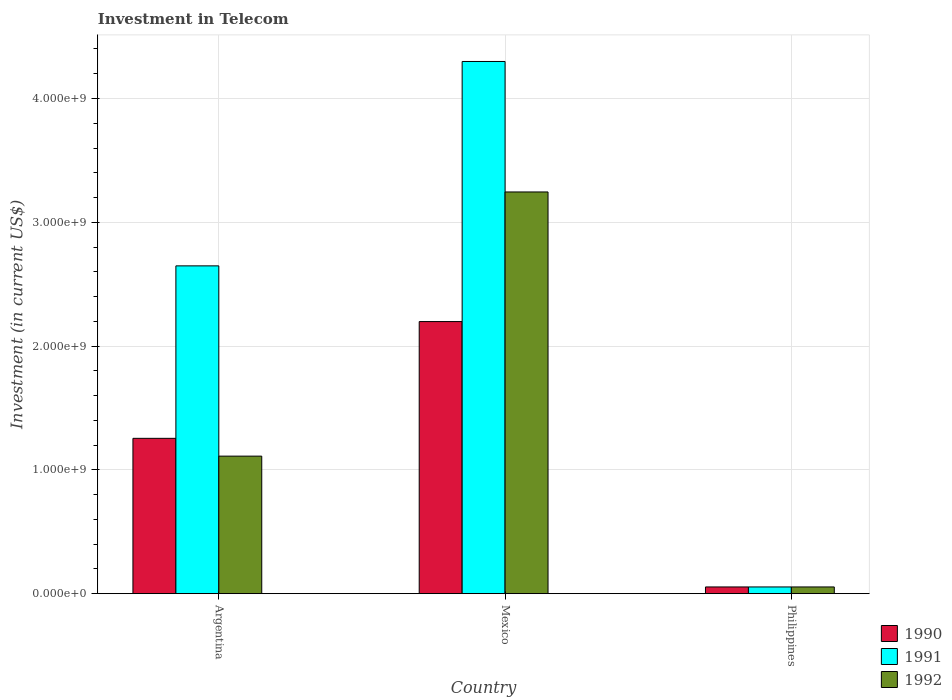
| Country | 1990 | 1991 | 1992 |
 | --- | --- | --- | --- |
 | Argentina | 1.25e+09 | 2.65e+09 | 1.11e+09 |
 | Mexico | 2.2e+09 | 4.3e+09 | 3.24e+09 |
 | Philippines | 5.42e+07 | 5.42e+07 | 5.42e+07 |